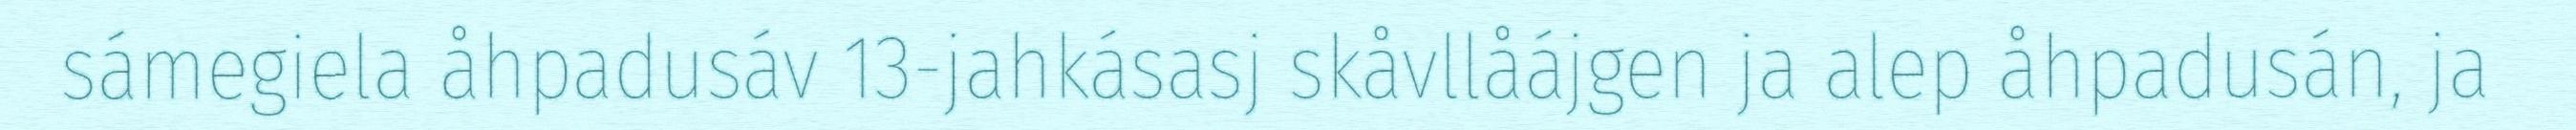
sámegiela åhpadusáv 13-jahkásasj skåvllåájgen ja alep åhpadusán, ja